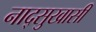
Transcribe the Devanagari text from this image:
नाद्सुखासी